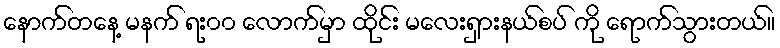
နောက်တနေ့ မနက် ရး၀၀ လောက်မှာ ထိုင်း မလေးရှားနယ်စပ် ကို ရောက်သွားတယ်။